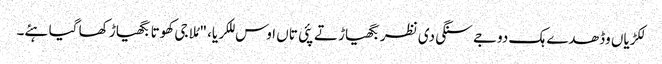
لکڑیاں وڈھدے ہک دوجے سنگی دی نظر بگھیاڑ تے پئی تاں اوس للکریا، "مُلا جی کھوتا بگھیاڑ کھا گیا ہئے۔